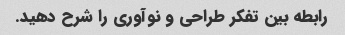
رابطه بین تفکر طراحی و نوآوری را شرح دهید.